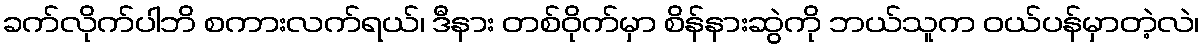
ခက်လိုက်ပါဘိ စကားလက်ရယ်၊ ဒီနား တစ်ဝိုက်မှာ စိန်နားဆွဲကို ဘယ်သူက ဝယ်ပန်မှာတဲ့လဲ၊